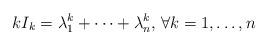
LaTeX: \begin{align*}kI_k=\lambda^k_1+\cdots +\lambda_n^k,\,\forall k=1,\dots,n\end{align*}